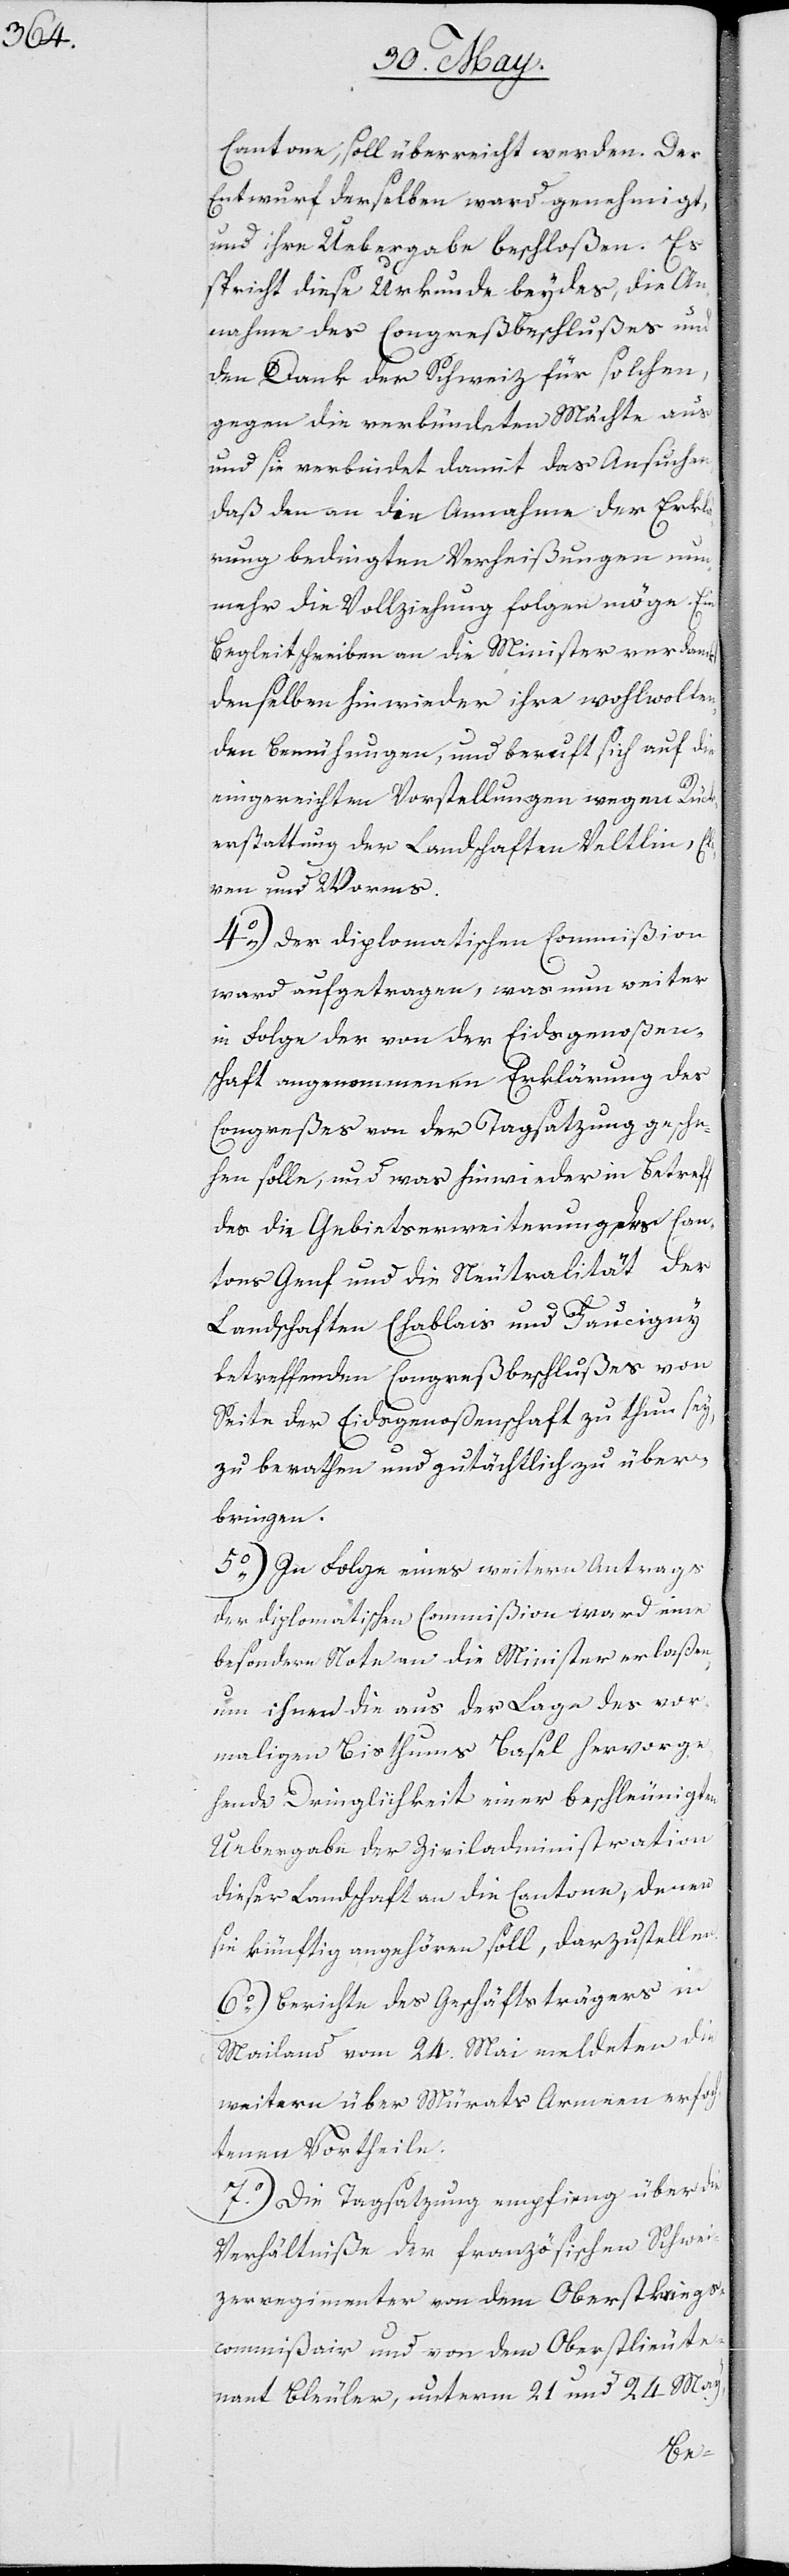
Cantone, soll überreicht werden. Der
Entwurf derselben ward genehmigt,
und ihre Übergabe beschloßen. Es
spricht diese Urkunde beydes, die An¬
nahme des Congreßbeschlußes und
den Dank der Schweiz für solchen,
gegen die verbündeten Mächte aus,
und sie verbindet damit das Ansuchen,
daß den an die Annahme der Erklä¬
rung bedingten Verheißungen nun¬
mehr die Vollziehung folgen möge. Ein
Begleitschreiben an die Minister verdankt
denselben hinwieder ihre wohlwollen¬
den Bemühungen, und beruft sich auf die
eingereichten Vorstellungen wegen Rück¬
erstattung der Landschaften Veltlin, Cle¬
ven und Worms.
4.) der diplomatischen Commißion
ward aufgetragen, was nun weiter
in Folge der von der Eydsgenoßen¬
schaft angenommenen Erklärung des
Congreßes von der Tagsatzung gesche¬
hen solle, und was hinwieder in Betreff
des die Gebietserweiterung des Can¬
tons Genf und die Neutralität der
Landschaften Chablais und Faucigny
betreffenden Congreßbeschlußes von
Seite der Eydsgenoßenschaft zu thun sey,
zu berathen und gutächtlich zu über¬
bringen.
5.) In Folge eines weitern Antrags
der diplomatischen Commißion ward eine
besondere Note an die Minister erlaßen,
um ihnen die aus der Lage des vor¬
maligen Bisthums Basel hervorge¬
hende Dringlichkeit einer beschleunigten
Übergabe der Ziviladministration
dieser Landschaft an die Cantone, denen
sie künftig angehören soll, darzustellen.
6.) Berichte des Geschäftsträgers in
Mailand vom 24. Mai meldeten die
weitern über Mürats Armeen erfoch¬
tenen Vortheile.
7.) Die Tagsatzung empfieng über die
Verhältniße der französischen Schwei¬
zerregimenter von dem Oberstkriegs¬
commißair und von dem Oberstlieute¬
nant Bleuler, unterm 21. und 24. May,